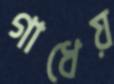
গাধেয়